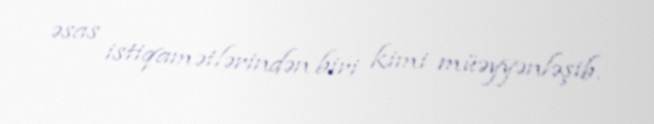
əsas istiqamətlərindən biri kimi müəyyənləşib.